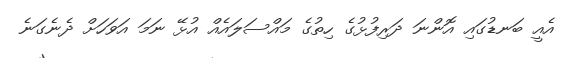
އެއީ ބަނޑުގައި އޮންނަ ދަރިފުޅުގެ ހިތުގެ މައްސަލައެއް އުޅޭ ނަމަ އަވަހަށް ދެނެގަނެ